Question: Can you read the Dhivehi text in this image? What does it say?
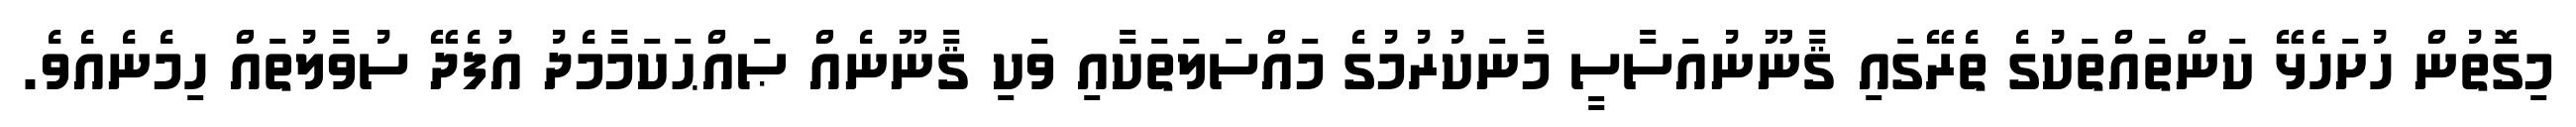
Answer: މިގޮތުން ހުށަހެޅޭ ކަންތައްތަކުގެ ތެރޭގައި ޤާނޫނުއަސާސީ މާނަކުރުމުގެ މައްސަލަތަކާއި ވަކި ޤާނޫނެއް ޞައްޙަކަމާމެދު އުފެދޭ ސުވާލުތައް ހިމެނެއެވެ.